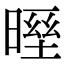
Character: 𣉓